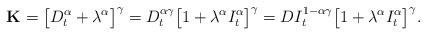
LaTeX: \begin{align*} \mathbf{K} = \bigl[D_t^\alpha + \lambda^\alpha\bigr]^\gamma = D_t^{\alpha\gamma}\bigl[1 + \lambda^\alpha I_t^\alpha\bigr]^\gamma = DI_t^{1-\alpha\gamma} \bigl[1 + \lambda^\alpha I_t^\alpha\bigr]^\gamma .\end{align*}